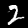
Label: 2